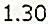
1.30